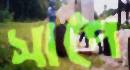
সাপে